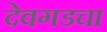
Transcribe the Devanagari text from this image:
देवगडचा